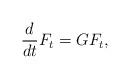
LaTeX: \begin{align*}\frac{d}{dt}F_t=GF_t,\end{align*}